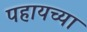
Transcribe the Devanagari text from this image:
पहायच्या